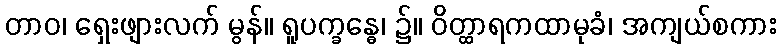
တာဝ၊ ရှေးဖျားလက် မွန်။ ရူပက္ခန္ဓေ၊ ၌။ ဝိတ္ထာရကထာမုခံ၊ အကျယ်စကား